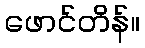
ဖောင်တိန်။